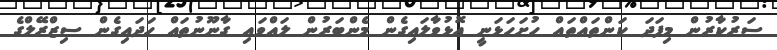
ސަރުކާރުން މިފަދަ ކަންތައްތައް ހުށަހަޅަނީ އޮޅުވާލައިގެން މެންބަރުން ލައްވައި ގާނޫނުތައް ހަދައިގެން ސިޒްރޭލްގެ